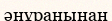
әнұранынан